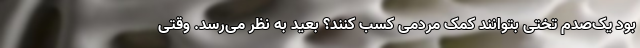
بود یک‌صدم تختی بتوانند کمک مردمی کسب کنند؟ بعید به نظر می‌رسد. وقتی